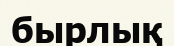
бырлық